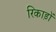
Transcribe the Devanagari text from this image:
रिकाड़ों